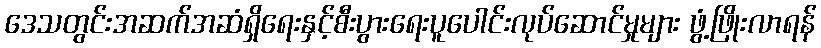
ဒေသတွင်းအဆက်အဆံရှိရေးနှင့်စီးပွားရေးပူပေါင်းလုပ်ဆောင်မှုများ ဖွံ့ဖြိုးလာရန်